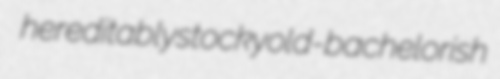
hereditably stocky old-bachelorish